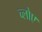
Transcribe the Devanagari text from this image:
च्लोए